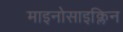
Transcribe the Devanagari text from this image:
माइनोसाइक्लिन